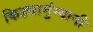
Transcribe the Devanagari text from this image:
किड्यामुंग्यानी